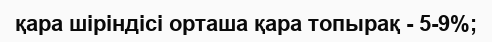
қара шіріндісі орташа қара топырақ - 5-9%;